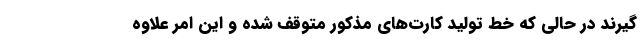
گیرند در حالی که خط تولید کارت‌های مذکور متوقف شده و این امر علاوه